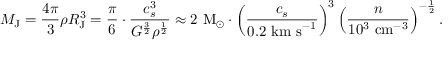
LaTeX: M _ { \mathrm { J } } = { \frac { 4 \pi } { 3 } } \rho R _ { \mathrm { J } } ^ { 3 } = { \frac { \pi } { 6 } } \cdot { \frac { c _ { s } ^ { 3 } } { G ^ { \frac { 3 } { 2 } } \rho ^ { \frac { 1 } { 2 } } } } \approx 2 { \mathrm { ~ M } } _ { \odot } \cdot \left( { \frac { c _ { s } } { 0 . 2 { \mathrm { ~ k m ~ s } } ^ { - 1 } } } \right) ^ { 3 } \left( { \frac { n } { 1 0 ^ { 3 } { \mathrm { ~ c m } } ^ { - 3 } } } \right) ^ { - { \frac { 1 } { 2 } } } .